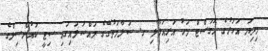
މިދިޔަ އަހަރުގެ އޮގަސްޓް މަހު އަރިއަޅާލި ގ. ސަލާމަތުގޭގެ މައްސަލައިގައި ސިޓީ ކައުންސިލްގެ